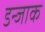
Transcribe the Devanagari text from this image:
डन्जाक